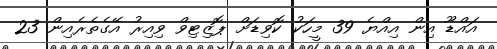
އައްޑޫ އިން އިއްޔެ 39 މީހަކު ކޮވިޑަށް ޕޮޒިޓިވް ވިއިރު އޭގެތެރެއިން 23